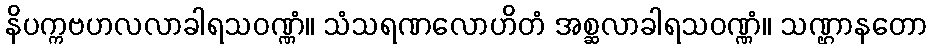
နိပက္ကဗဟလလာခါရသဝဏ္ဏံ။ သံသရဏလောဟိတံ အစ္ဆလာခါရသဝဏ္ဏံ။ သဏ္ဌာနတော